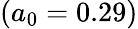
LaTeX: (a_{0}=0.29)